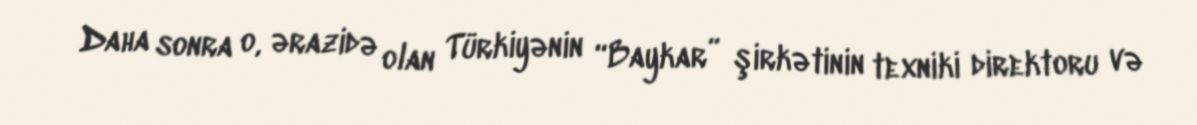
Daha sonra o, ərazidə olan Türkiyənin “Baykar” şirkətinin texniki direktoru və